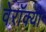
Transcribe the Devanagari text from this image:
वेरॉक्यो